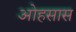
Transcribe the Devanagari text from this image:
ओहसास